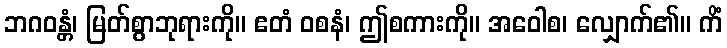
ဘဂဝန္တံ၊ မြတ်စွာဘုရားကို။ ဧတံ ဝစနံ၊ ဤစကားကို။ အဝေါစ၊ လျှောက်၏။ ကိံ